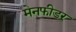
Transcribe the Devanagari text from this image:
मेनफीडर